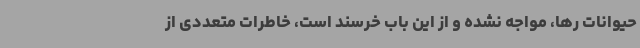
حیوانات رها، مواجه نشده و از این باب خرسند است، خاطرات متعددی از